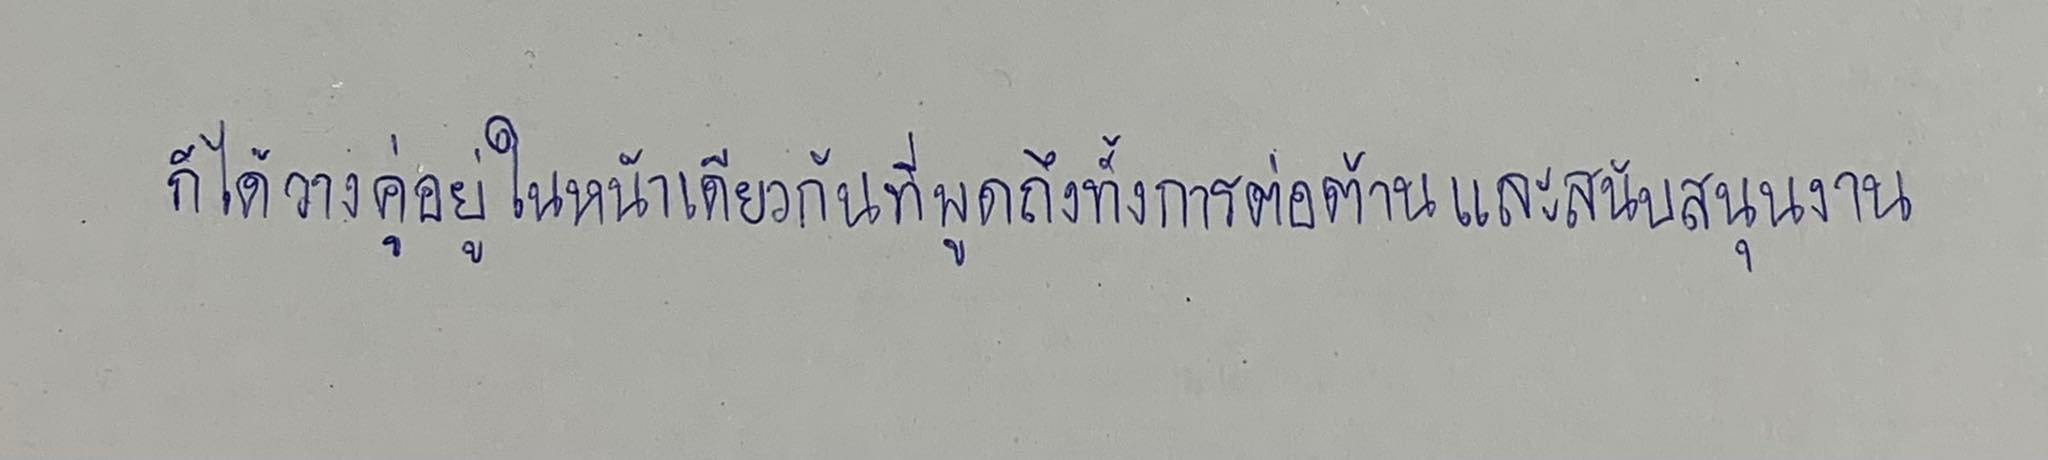
ก็ได้วางคู่อยู่ในหน้าเดียวกันที่พูดถึงทั้งการต่อต้านและสนับสนุนงาน